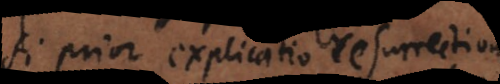
Si prior explicatio resurrectionis